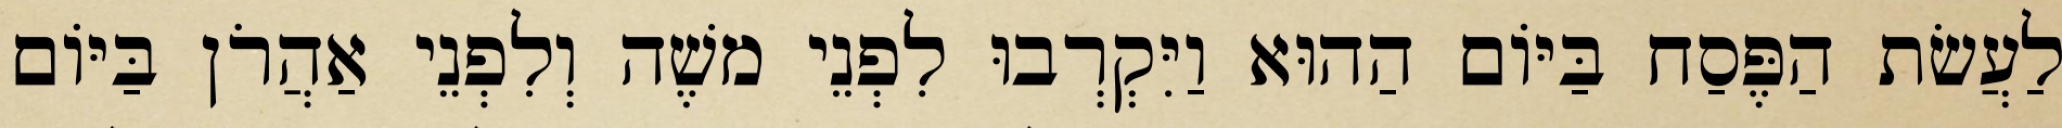
לַעֲשׂת הַפֶּסַח בַּיּוֹם הַהוּא וַיִּקְרְבוּ לִפְנֵי משֶׁה וְלִפְנֵי אַהֲרֹן בַּיּוֹם